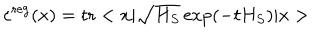
\varepsilon ^ { \mathrm { r e g } } ( x ) = \mathrm { t r } < x | \sqrt { H _ { S } } \exp ( - t H _ { S } ) | x >